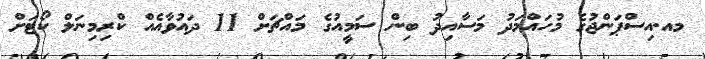
މއ.އިސްޕަންޖުގެ މުހައްމަދު މަސާއިދު ބިން ސަމީއުގެ މައްޗަށް 11 ދައުވާއެއް ކްރިމިނަލް ކޯޓަށް